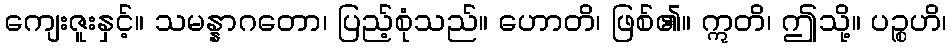
ကျေးဇူးနှင့်။ သမန္နာဂတော၊ ပြည့်စုံသည်။ ဟောတိ၊ ဖြစ်၏။ ဣတိ၊ ဤသို့။ ပဉ္စဟိ၊